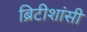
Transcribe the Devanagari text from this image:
ब्रिटीशांसी